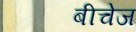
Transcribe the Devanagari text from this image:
बीचेज